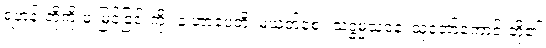
ရဟန်းတို့ကို ဖူးမြင်ခြင်းကို။ န ဟာပေတိ၊ မယုတ်စေ။ သဒ္ဓမ္မသဝနံ၊ သူတော်ကောင်းတို့၏